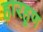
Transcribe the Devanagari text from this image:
हारहूण